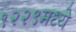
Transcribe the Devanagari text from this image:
१२२९मध्ये